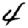
Digit: 4